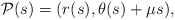
\begin{align*}\mathcal{P}(s)=(r(s),\theta(s)+{\mu}s),\end{align*}